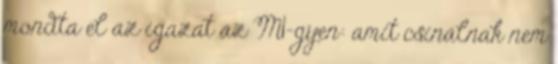
mondta el az igazat az M1-gyen: amit csinálnak nem